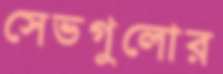
সেভগুলোর